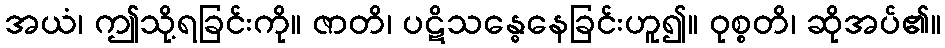
အယံ၊ ဤသို့ရခြင်းကို။ ဇာတိ၊ ပဋိသန္ဓေနေခြင်းဟူ၍။ ဝုစ္စတိ၊ ဆိုအပ်၏။